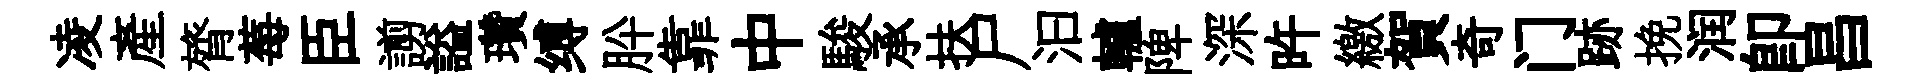
凌產膂莓臣謭謚瓚缚肸靠中駿承扶尸汩轤陴深旿繳賀奇门跡挽润卽昌